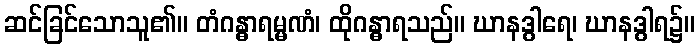
ဆင်ခြင်သောသူ၏။ တံဂန္ဓာရမ္မဏံ၊ ထိုဂန္ဓာရသည်။ ဃာနဒွါရေ၊ ဃာနဒွါရ၌။